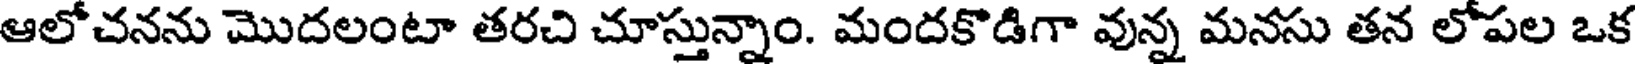
ఆలోచనను మొదలంటా తరచి చూస్తున్నాం. మందకొడిగా వున్న మనసు తన లోపల ఒక